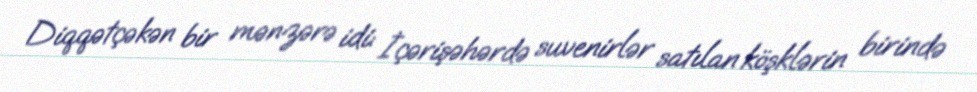
Diqqətçəkən bir mənzərə idi: İçərişəhərdə suvenirlər satılan köşklərin birində